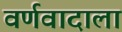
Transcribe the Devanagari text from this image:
वर्णवादाला